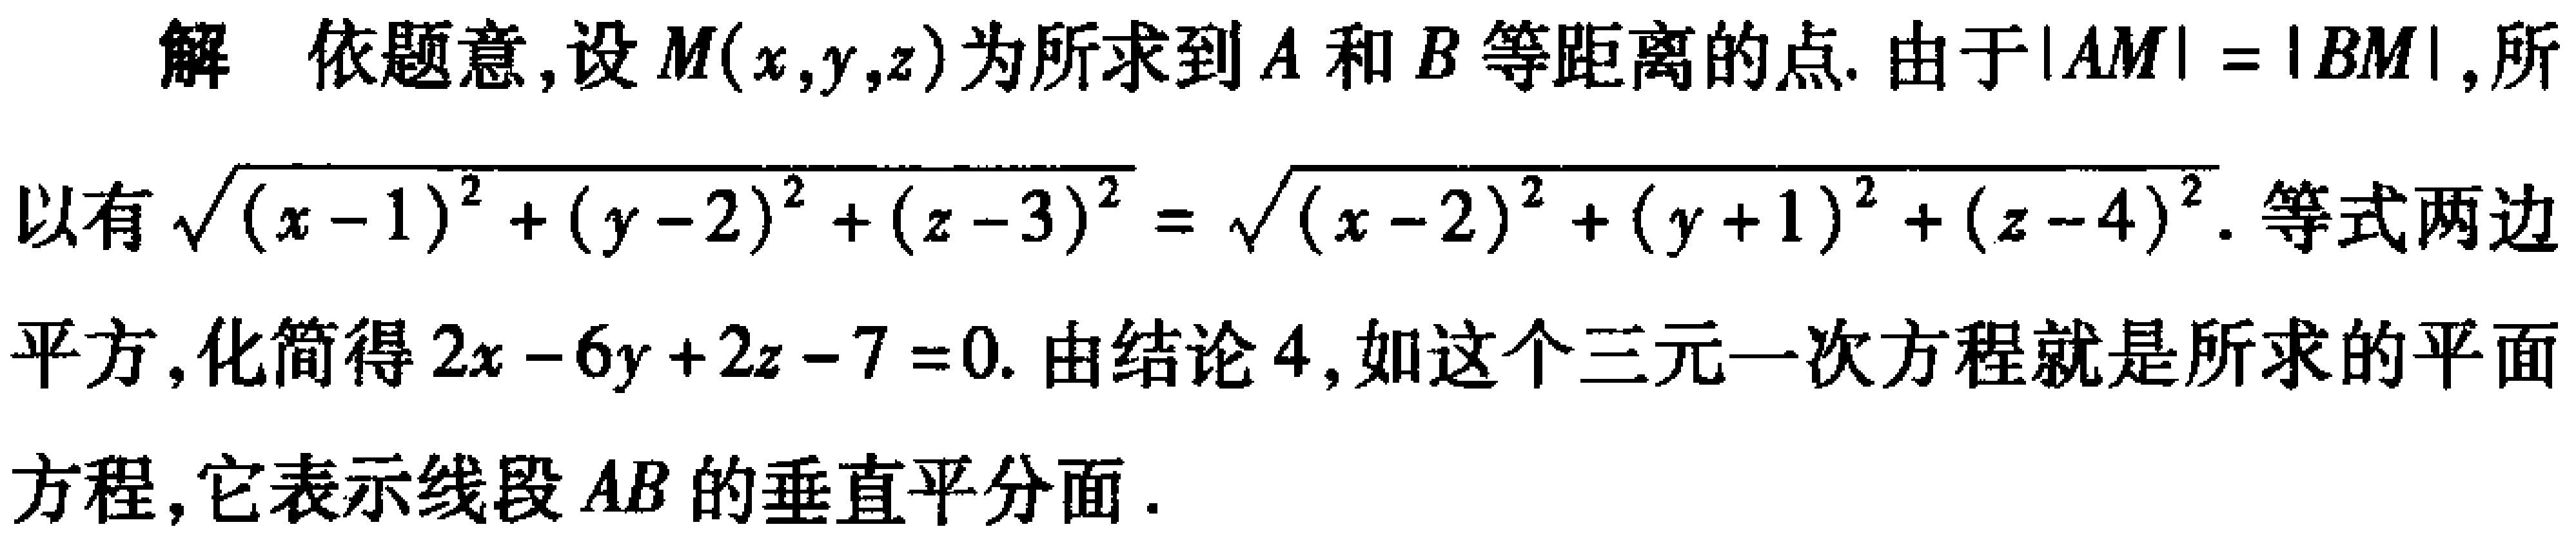
解 依题意,设\(M(x,y,z)\)为所求到\(A\)和\(B\)等距离的点. 由于\(\vert AM\vert = \vert BM\vert\),所以有\(\sqrt{(x - 1)^2 + (y - 2)^2 + (z - 3)^2} = \sqrt{(x - 2)^2 + (y + 1)^2 + (z - 4)^2}\). 等式两边平方,化简得\(2x - 6y + 2z - 7 = 0\). 由结论4,如这个三元一次方程就是所求的平面方程,它表示线段\(AB\)的垂直平分面.